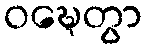
ဝဍ္ဎေတွာ